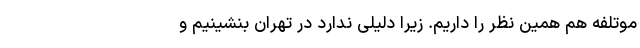
موتلفه هم همین نظر را داریم. زیرا دلیلی ندارد در تهران بنشینیم و